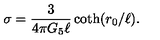
\sigma = { \frac { 3 } { 4 \pi G _ { 5 } \ell } } \coth ( r _ { 0 } / \ell ) .